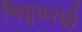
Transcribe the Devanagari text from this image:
भिक्षुकांची